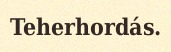
Teherhordás.